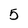
Character: 5